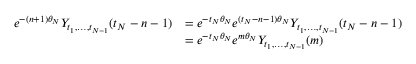
\begin{array} { r l } { e ^ { - ( n + 1 ) \theta _ { N } } Y _ { t _ { 1 } , \dots , t _ { N - 1 } } ( t _ { N } - n - 1 ) } & { = e ^ { - t _ { N } \theta _ { N } } e ^ { ( t _ { N } - n - 1 ) \theta _ { N } } Y _ { t _ { 1 } , \dots , t _ { N - 1 } } ( t _ { N } - n - 1 ) } \\ & { = e ^ { - t _ { N } \theta _ { N } } e ^ { m \theta _ { N } } Y _ { t _ { 1 } , \dots , t _ { N - 1 } } ( m ) } \end{array}